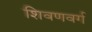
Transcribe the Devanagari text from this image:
शिवणवर्ग